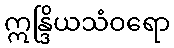
ဣန္ဒြိယသံဝရော